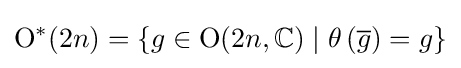
\mathrm {O} ^{*}(2n)=\left\{g\in \mathrm {O} (2n,\mathbb {C} )\mid \theta \left({\overline {g}}\right)=g\right\}